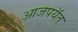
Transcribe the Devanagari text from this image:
आजपयॅत